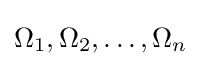
\Omega _{1},\Omega _{2},\ldots ,\Omega _{n}